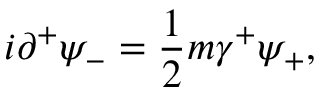
i { \partial } ^ { + } { \psi } _ { - } = \frac { 1 } { 2 } m { \gamma } ^ { + } { \psi } _ { + } ,